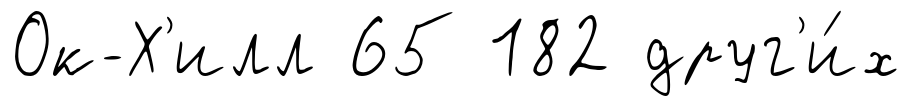
Ок-Х'илл 65 182 друг'и́х